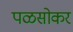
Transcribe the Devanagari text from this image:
पळसोकर